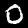
Digit: 0